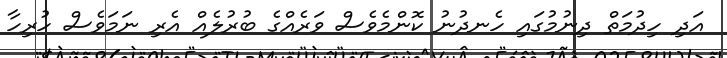
އަދި ހިދުމަތް ދިނުމުގައި ހެނދުނު ކޮންމެވެސް ވަރެއްގެ ބުރުލެއް އެރި ނަމަވެސް ހުރިހާ